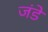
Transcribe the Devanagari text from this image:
जंडे